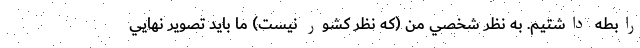
رابطه داشتيم. به نظر شخصي من (كه نظر كشور نيست) ما بايد تصوير نهايي